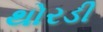
થોરડી